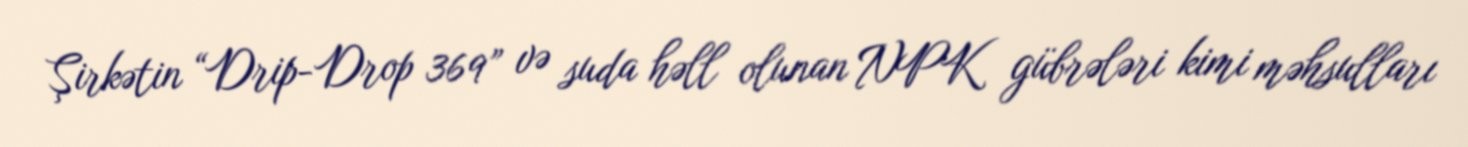
Şirkətin “Drip-Drop 369” və suda həll olunan NPK gübrələri kimi məhsulları